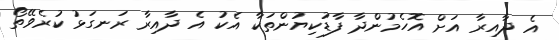
އެ ދާއިރާ އަށް އޮހެމުންދާ ފާޑުކިޔުންތަކާ އެކު އެ ދާއިރާ ރަނގަޅު ކުރެވޭތޯ